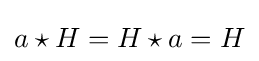
a\star H=H\star a=H